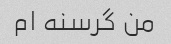
من گرسنه ام